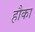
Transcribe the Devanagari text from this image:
हौका